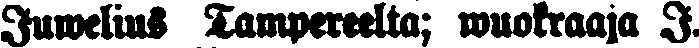
Juwelius Tampereelta; wuokraaja J.